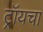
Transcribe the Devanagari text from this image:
ट्रॉयचा